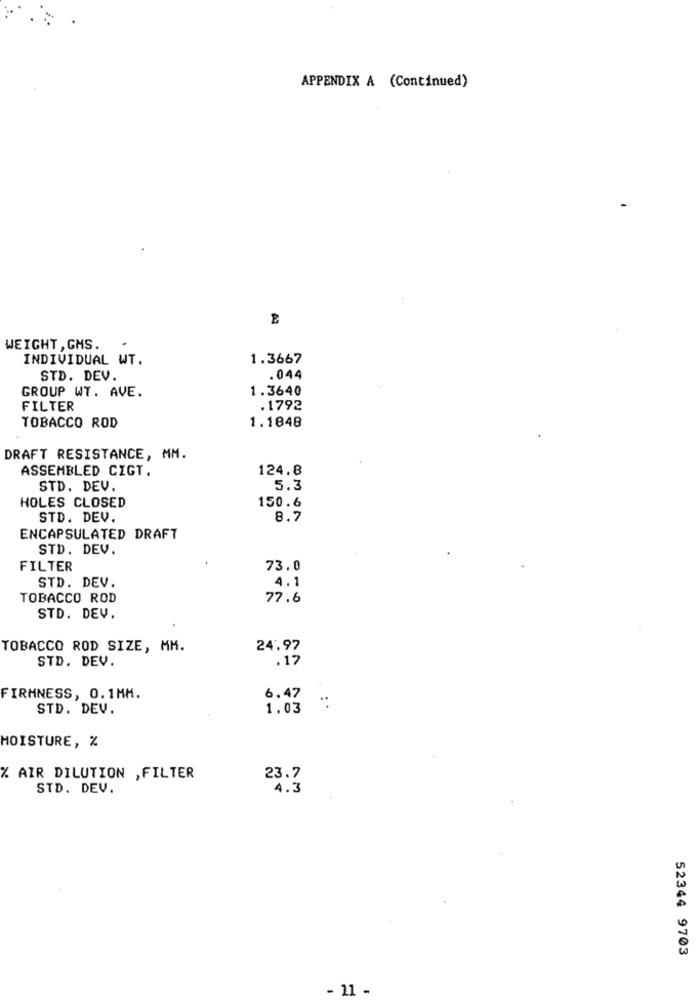
APPENDIX A (Continued)
WEIGHT , GMS.
INDIVIDUAL WT.
1.3667
STD. DEV.
.044
1.3640
GROUP WT. AVE.
FILTER
.1792
1.1848
TOBACCO ROD
DRAFT RESISTANCE, MM.
ASSEMBLED CIGT.
124.8
STD. DEV.
5.3
150.6
HOLES CLOSED
STD. DEV.
8.7
ENCAPSULATED DRAFT
STD. DEV.
FILTER
73.0
STD. DEV.
4.1
TOBACCO ROD
77.6
STD. DEV.
TOBACCO ROD SIZE, MM.
24.97
STD. DEV.
.17
FIRMNESS, 0.1MM.
6.47
STD. DEV.
1.03
. .
MOISTURE, %
% AIR DILUTION ,FILTER
23.7
STD. DEV.
4.3
52344 9703
- 11 -